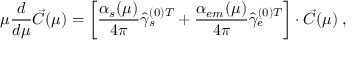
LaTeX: \mu { \frac { d } { d \mu } } \vec { C } ( \mu ) = \left[ { \frac { \alpha _ { s } ( \mu ) } { 4 \pi } } { \hat { \gamma } _ { s } ^ { ( 0 ) T } } + { \frac { \alpha _ { e m } ( \mu ) } { 4 \pi } } { \hat { \gamma } _ { e } ^ { ( 0 ) T } } \right] \cdot \vec { C } ( \mu ) \; ,